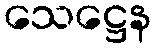
သေဋ္ဌေန